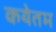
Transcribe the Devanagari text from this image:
कयेतम